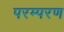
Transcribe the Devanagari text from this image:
परम्परण